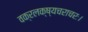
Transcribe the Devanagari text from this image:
वक्रलक्ष्यचराचरः।